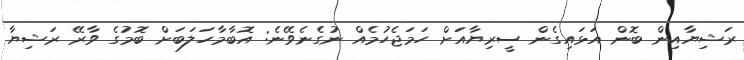
ރަޝިޔާއިން ބޮން އަޅައިގެން ސީރިޔާއަށް ހަމަޖެހުމެއް ނުގެނެވޭނެ: އޮބާމާހަލަބަށް ބޮމުގެ ވާރޭ ރަޝިޔާ